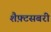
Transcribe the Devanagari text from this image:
शैफ़्टसबरी